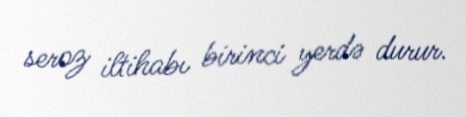
seroz iltihabı birinci yerdə durur.